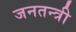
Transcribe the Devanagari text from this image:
जनतन्त्री